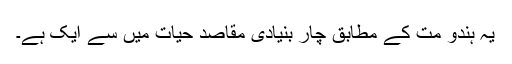
یہ ہندو مت کے مطابق چار بنیادی مقاصد حیات میں سے ایک ہے۔